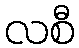
လစီ